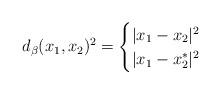
LaTeX: \begin{align*} d_\beta(x_1, x_2)^2 = \begin{cases} |x_1 - x_2|^2 & \\ |x_1 - x^*_2|^2 &\\ \end{cases}\end{align*}